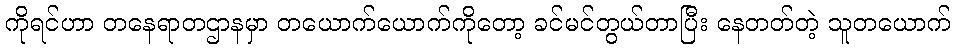
ကိုရင်ဟာ တနေရာတဌာနမှာ တယောက်ယောက်ကိုတော့ ခင်မင်တွယ်တာပြီး နေတတ်တဲ့ သူတယောက်